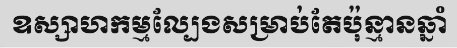
ឧស្សាហកម្មល្បែងសម្រាប់តែប៉ុន្មានឆ្នាំ